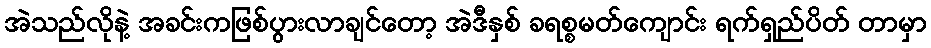
အဲသည်လိုနဲ့ အခင်းကဖြစ်ပွားလာချင်တော့ အဲဒီနှစ် ခရစ္စမတ်ကျောင်း ရက်ရှည်ပိတ် တာမှာ